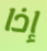
إذا